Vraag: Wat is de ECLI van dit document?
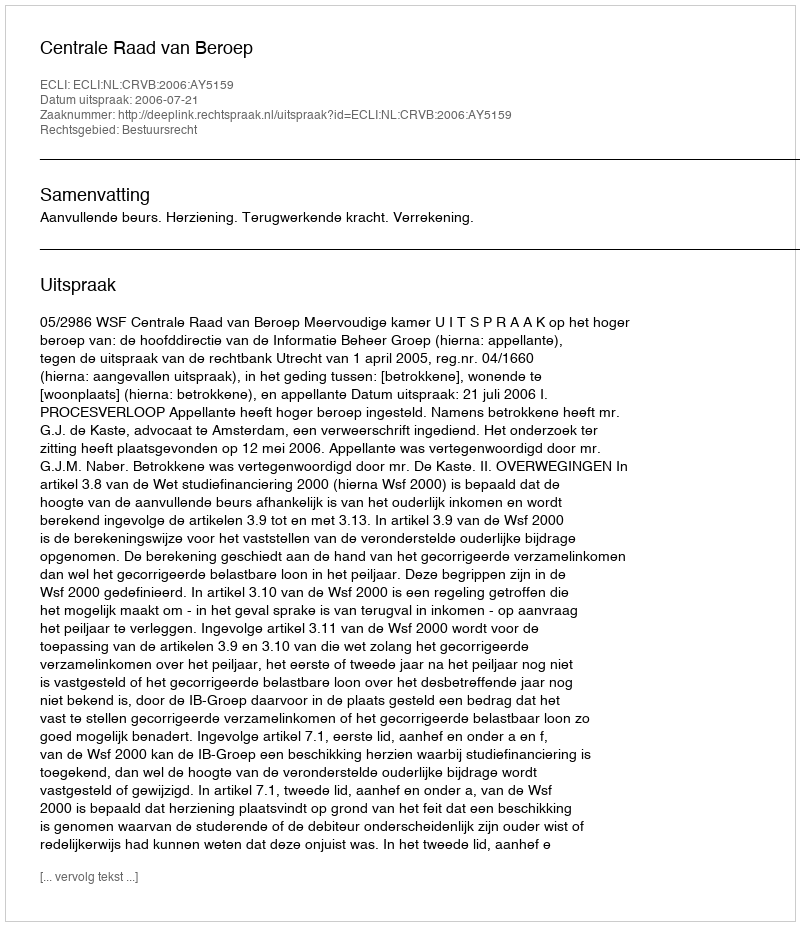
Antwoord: ECLI:NL:CRVB:2006:AY5159